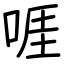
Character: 啀